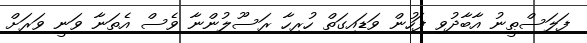
ފަލަސްޠީނު އާބާދުވި ފަހުން ވަޑައިގަތް ހުރިހާ ރަސޫލުންނާ ވެސް އެތަނާ ވަނީ ވަރަށް